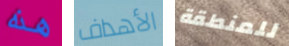
هذه الأهداف للمنطقة